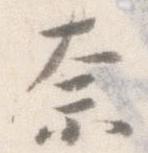
奈